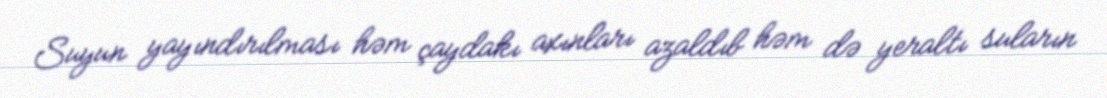
Suyun yayındırılması həm çaydakı axınları azaldıb həm də yeraltı suların